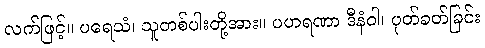
လက်ဖြင့်။ ပရေသံ၊ သူတစ်ပါးတို့အား။ ပဟရဏာ ဒီနံဝါ၊ ပုတ်ခတ်ခြင်း